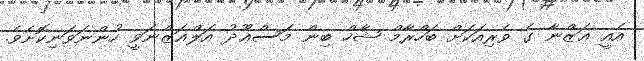
އެއީ ޣަޒްނާ ގެ ވެރިއަކަށް ބަހްރާމް ޝާހް ބިން މަސްޢޫދު އަލްޣަޒްނަވީ ހުންނަވަނިކޮށެވެ.